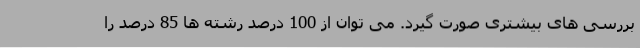
بررسی های بیشتری صورت گیرد. می توان از 100 درصد رشته ها 85 درصد را